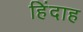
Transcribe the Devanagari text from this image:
हिंदाह